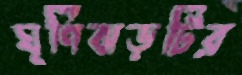
ঘূর্ণিঝড়টির